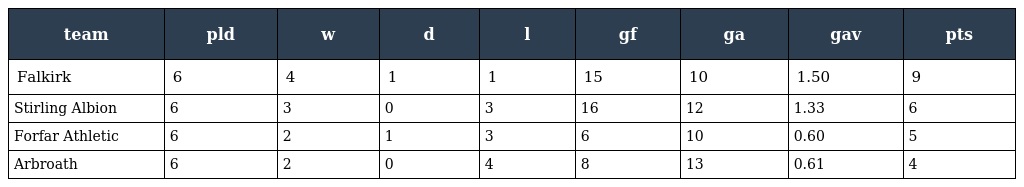
| team | pld | w | d | l | gf | ga | gav | pts |
 | --- | --- | --- | --- | --- | --- | --- | --- | --- |
 | Falkirk | 6 | 4 | 1 | 1 | 15 | 10 | 1.50 | 9 |
 | Stirling Albion | 6 | 3 | 0 | 3 | 16 | 12 | 1.33 | 6 |
 | Forfar Athletic | 6 | 2 | 1 | 3 | 6 | 10 | 0.60 | 5 |
 | Arbroath | 6 | 2 | 0 | 4 | 8 | 13 | 0.61 | 4 |